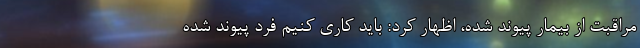
مراقبت از بیمار پیوند شده، اظهار کرد: باید کاری کنیم فرد پیوند شده